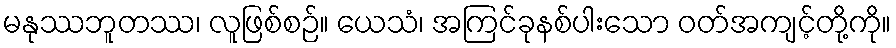
မနုဿဘူတဿ၊ လူဖြစ်စဉ်။ ယေသံ၊ အကြင်ခုနစ်ပါးသော ဝတ်အကျင့်တို့ကို။